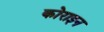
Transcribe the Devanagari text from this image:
कोराइन